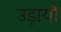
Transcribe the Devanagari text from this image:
उड़ायौ